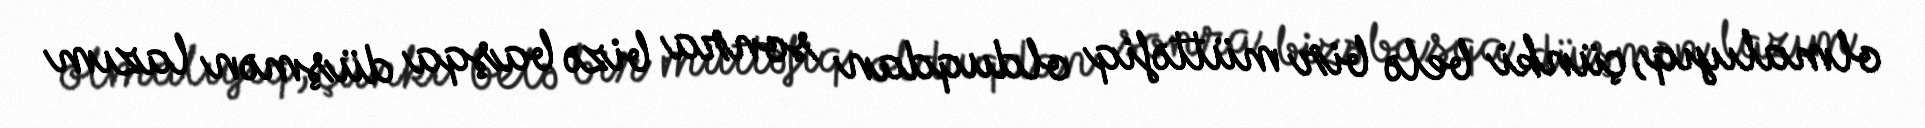
olmalıyıq, çünki belə bir müttəfiq olduqdan sonra bizə başqa düşmən lazım